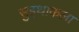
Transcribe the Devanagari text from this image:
सुइथाकला